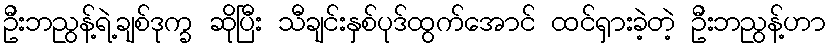
ဦးဘညွန့်ရဲ့ချစ်ဒုက္ခ ဆိုပြီး သီချင်းနှစ်ပုဒ်ထွက်အောင် ထင်ရှားခဲ့တဲ့ ဦးဘညွန့်ဟာ